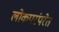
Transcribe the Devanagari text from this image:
लोकपरंपरेत